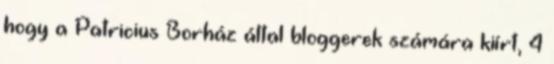
hogy a Patricius Borház által bloggerek számára kiírt, 4